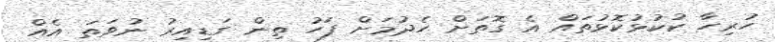
ހުރިހާ ކުކުޅުކޮޅުތައް އެ ގޮތަށް ހެދުމަށް ފަހު ތިން ގަޑިއިރު ނުވަތަ އެއް